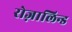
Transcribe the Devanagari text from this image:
रोज़ालिन्ड